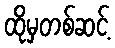
ထိုမှတစ်ဆင့်